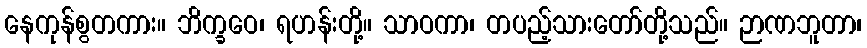
နေကုန်စွတကား။ ဘိက္ခဝေ၊ ရဟန်းတို့။ သာဝကာ၊ တပည့်သားတော်တို့သည်။ ဉာဏဘူတာ၊